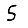
Digit: 5